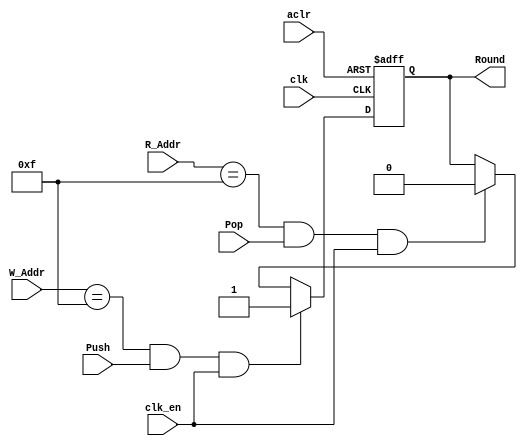
module Round
    #(  parameter BufferWidth = 4,
        parameter BufferSize = 16)
    (clk, clk_en, aclr, Push, Pop, W_Addr, R_Addr, Round);

    input clk, clk_en, aclr, Push, Pop;
    input [BufferWidth-1:0] W_Addr, R_Addr;
    output reg Round;

    wire W_ADDR_EQUALS_TO_BUFFER_SIZE = (W_Addr == BufferSize - 1);
    wire R_ADDR_EQUALS_TO_BUFFER_SIZE = (R_Addr == BufferSize - 1);

    always @(posedge clk , posedge aclr)
    begin
        if(aclr) begin
            Round <= 1'b 0;
        end
        else if(W_ADDR_EQUALS_TO_BUFFER_SIZE && Push && clk_en) begin
            Round <= 1'b 1;
        end
        else if (R_ADDR_EQUALS_TO_BUFFER_SIZE && Pop && clk_en) begin
            Round <= 1'b 0 ;
        end
        else begin 
            Round <= Round; 
        end
    end
endmodule